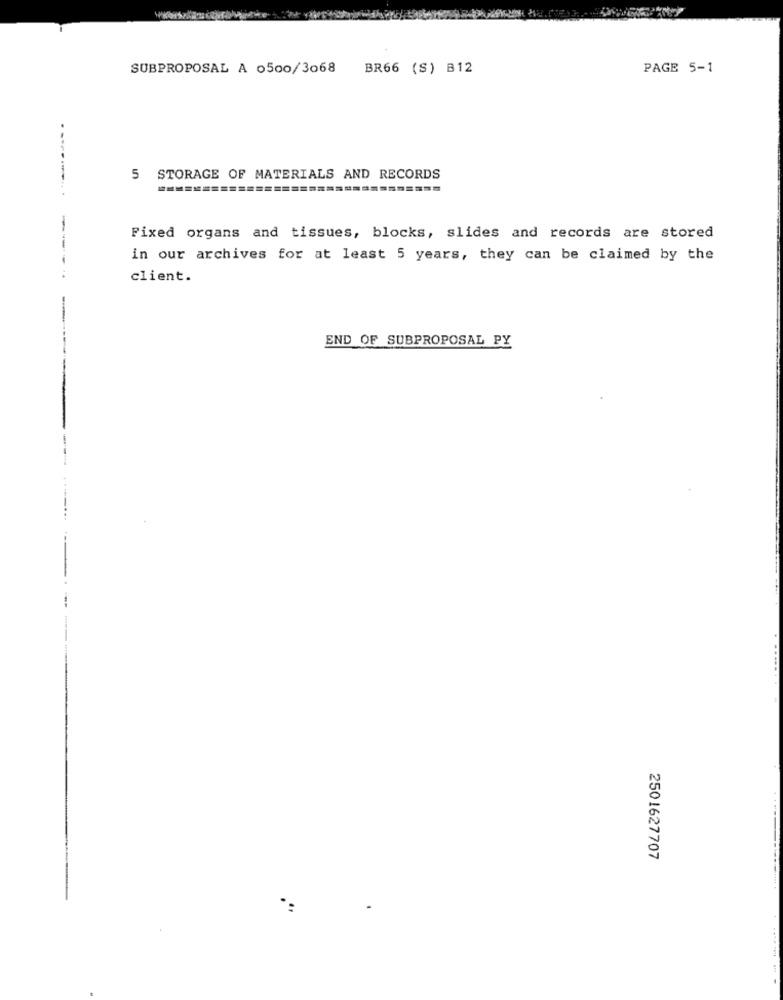
SUBPROPOSAL A 0500/3068
BR66 (S) B12
PAGE 5-1
5
STORAGE OF MATERIALS AND RECORDS
========
.-.........
Fixed organs and tissues, blocks, slides and records are stored
in our archives for at least 5 years, they can be claimed by the
client.
END OF SUBPROPOSAL PY
2501627707